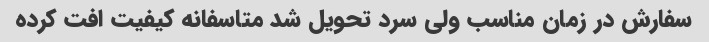
سفارش در زمان مناسب ولی سرد تحویل شد متاسفانه کیفیت افت کرده